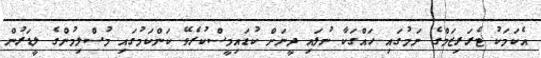
އެކަމަކު ޓެރަރިޒަމްގެ ނަމުގައި ހައްގަކާ ނުލައި ދީނަށް ކުޑައިމީސްކުރެވޭ ކަންކަމުގައި މުސްލިމުންގެ ލީޑަރުން